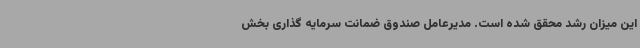
این میزان رشد محقق شده است. مدیرعامل صندوق ضمانت سرمایه گذاری بخش